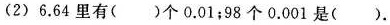
(2)6.64里有( )个0.01；98个0.001是( )。